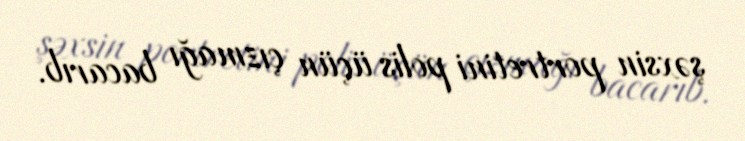
şəxsin portretini polis üçün çızmağı bacarıb.